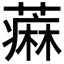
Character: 𫉭